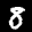
Label: 8